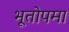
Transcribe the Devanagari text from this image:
भूतोपमा